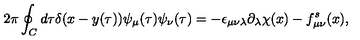
2 \pi \oint _ { C } d \tau \delta ( x - y ( \tau ) ) \psi _ { \mu } ( \tau ) \psi _ { \nu } ( \tau ) = - \epsilon _ { \mu \nu \lambda } \partial _ { \lambda } \chi ( x ) - f _ { \mu \nu } ^ { s } ( x ) ,